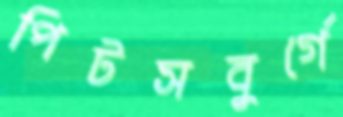
পিটসবুর্গে